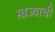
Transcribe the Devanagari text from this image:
स्वज्याची